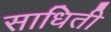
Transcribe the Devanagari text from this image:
साधिती